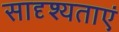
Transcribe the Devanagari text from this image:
सादृश्यताएं